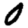
Digit: 0